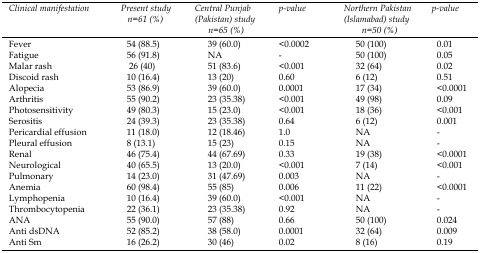
<table><thead><tr><td><b><i>Clinical manifestation</i></b></td><td><b><i>Present study n=61 (%)</i></b></td><td><b><i>Central Punjab (Pakistan) study n=65 (%)</i></b></td><td><b><i>p-value</i></b></td><td><b><i>Northern Pakistan (Islamabad) study n=50 (%)</i></b></td><td><b><i>p-value</i></b></td></tr></thead><tbody><tr><td>Fever</td><td>54 (88.5)</td><td>39 (60.0)</td><td>&lt;0.0002</td><td>50 (100)</td><td>0.01</td></tr><tr><td>Fatigue</td><td>56 (91.8)</td><td>NA</td><td>-</td><td>50 (100)</td><td>0.05</td></tr><tr><td>Malar rash</td><td>26 (40)</td><td>51 (83.6)</td><td>&lt;0.001</td><td>32 (64)</td><td>0.02</td></tr><tr><td>Discoid rash</td><td>10 (16.4)</td><td>13 (20)</td><td>0.60</td><td>6 (12)</td><td>0.51</td></tr><tr><td>Alopecia</td><td>53 (86.9)</td><td>39 (60.0)</td><td>0.0001</td><td>17 (34)</td><td>&lt;0.0001</td></tr><tr><td>Arthritis</td><td>55 (90.2)</td><td>23 (35.38)</td><td>&lt;0.001</td><td>49 (98)</td><td>0.09</td></tr><tr><td>Photosensitivity</td><td>49 (80.3)</td><td>15 (23.0)</td><td>&lt;0.001</td><td>18 (36)</td><td>&lt;0.001</td></tr><tr><td>Serositis</td><td>24 (39.3)</td><td>23 (35.38)</td><td>0.64</td><td>6 (12)</td><td>0.001</td></tr><tr><td>Pericardial effusion</td><td>11 (18.0)</td><td>12 (18.46)</td><td>1.0</td><td>NA</td><td>-</td></tr><tr><td>Pleural effusion</td><td>8 (13.1)</td><td>15 (23)</td><td>0.15</td><td>NA</td><td>-</td></tr><tr><td>Renal</td><td>46 (75.4)</td><td>44 (67.69)</td><td>0.33</td><td>19 (38)</td><td>&lt;0.0001</td></tr><tr><td>Neurological</td><td>40 (65.5)</td><td>13 (20.0)</td><td>&lt;0.001</td><td>7 (14)</td><td>&lt;0.001</td></tr><tr><td>Pulmonary</td><td>14 (23.0)</td><td>31 (47.69)</td><td>0.003</td><td>NA</td><td>-</td></tr><tr><td>Anemia</td><td>60 (98.4)</td><td>55 (85)</td><td>0.006</td><td>11 (22)</td><td>&lt;0.0001</td></tr><tr><td>Lymphopenia</td><td>10 (16.4)</td><td>39 (60.0)</td><td>&lt;0.001</td><td>NA</td><td>-</td></tr><tr><td>Thrombocytopenia</td><td>22 (36.1)</td><td>23 (35.38)</td><td>0.92</td><td>NA</td><td>-</td></tr><tr><td>ANA</td><td>55 (90.0)</td><td>57 (88)</td><td>0.66</td><td>50 (100)</td><td>0.024</td></tr><tr><td>Anti dsDNA</td><td>52 (85.2)</td><td>38 (58.0)</td><td>0.0001</td><td>32 (64)</td><td>0.009</td></tr><tr><td>Anti Sm</td><td>16 (26.2)</td><td>30 (46)</td><td>0.02</td><td>8 (16)</td><td>0.19</td></tr></tbody></table>